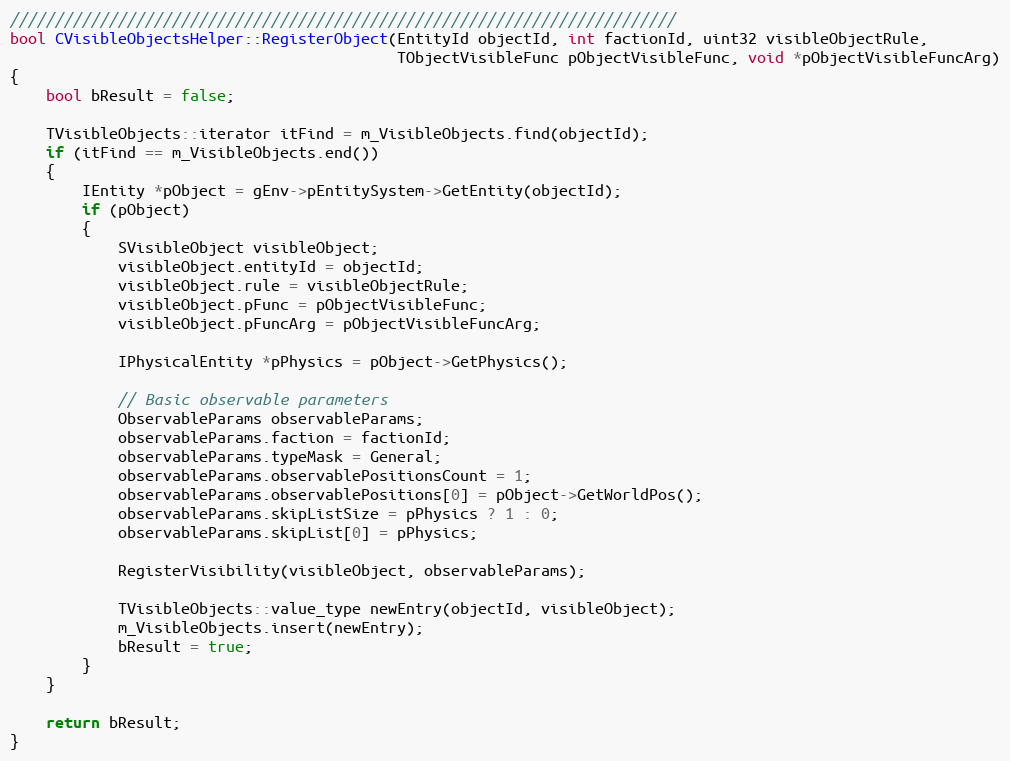
Language: C++
//////////////////////////////////////////////////////////////////////////
bool CVisibleObjectsHelper::RegisterObject(EntityId objectId, int factionId, uint32 visibleObjectRule,
										   TObjectVisibleFunc pObjectVisibleFunc, void *pObjectVisibleFuncArg)
{
	bool bResult = false;

	TVisibleObjects::iterator itFind = m_VisibleObjects.find(objectId);
	if (itFind == m_VisibleObjects.end())
	{
		IEntity *pObject = gEnv->pEntitySystem->GetEntity(objectId);
		if (pObject)
		{
			SVisibleObject visibleObject;
			visibleObject.entityId = objectId;
			visibleObject.rule = visibleObjectRule;
			visibleObject.pFunc = pObjectVisibleFunc;
			visibleObject.pFuncArg = pObjectVisibleFuncArg;

			IPhysicalEntity *pPhysics = pObject->GetPhysics();

			// Basic observable parameters
			ObservableParams observableParams;
			observableParams.faction = factionId;
			observableParams.typeMask = General;
			observableParams.observablePositionsCount = 1;
			observableParams.observablePositions[0] = pObject->GetWorldPos();
			observableParams.skipListSize = pPhysics ? 1 : 0;
			observableParams.skipList[0] = pPhysics;

			RegisterVisibility(visibleObject, observableParams);

			TVisibleObjects::value_type newEntry(objectId, visibleObject);
			m_VisibleObjects.insert(newEntry);
			bResult = true;
		}
	}

	return bResult;
}